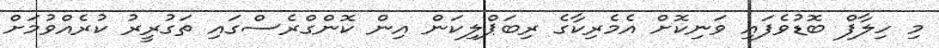
މި ހިލާފް ބޮޑުވެފައި ވަނިކޮށް އެމެރިކާގެ ރިބަޕްލިކަން އިން ކޮންގްރެސްގައި ތަގުރީރު ކުރެއްވުމަށް